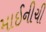
માઈનીચી